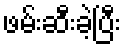
ဖမ်းဆီးခဲ့ပြီး